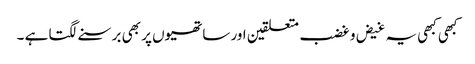
کبھی کبھی یہ غیض و غضب متعلقین اور ساتھیوں پر بھی برسنے لگتا ہے ۔